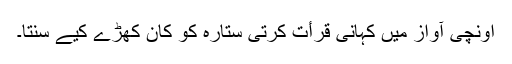
اونچی آواز میں کہانی قرأت کرتی ستارہ کو کان کھڑے کیے سنتا۔